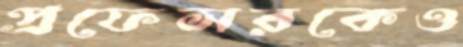
প্রফেসরকেও